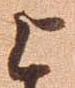
上